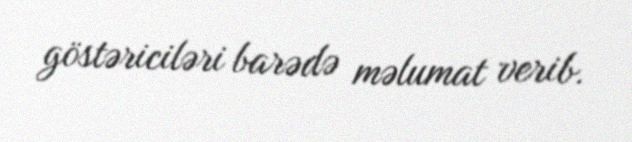
göstəriciləri barədə məlumat verib.